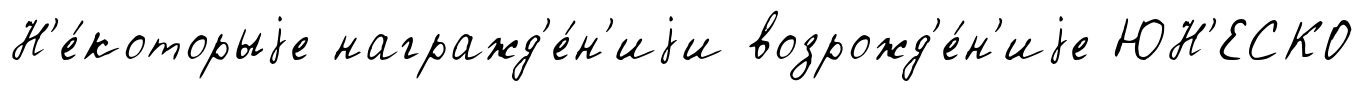
Н'е́которыjе награжд'е́н'иjи возрожд'е́н'иjе ЮН'ЕСКО